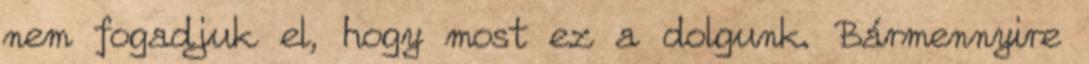
nem fogadjuk el, hogy most ez a dolgunk. Bármennyire